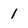
Character: 1